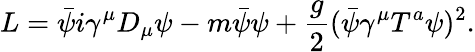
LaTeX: L=\bar{\psi}i\gamma^{\mu}D_{\mu}\psi-m\bar{\psi}\psi+{\frac{g}{2}}(\bar{\psi}\gamma^{\mu}T^{a}\psi)^{2}.